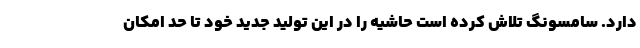
دارد. سامسونگ تلاش کرده است حاشیه را در این تولید جدید خود تا حد امکان